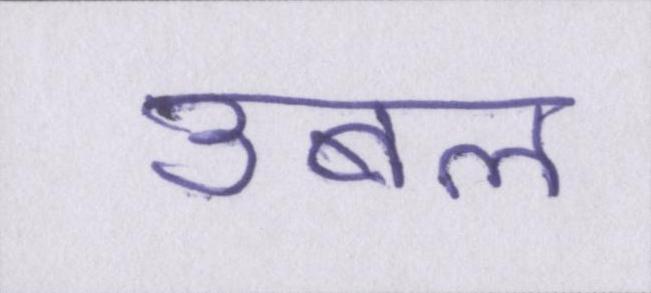
उबल